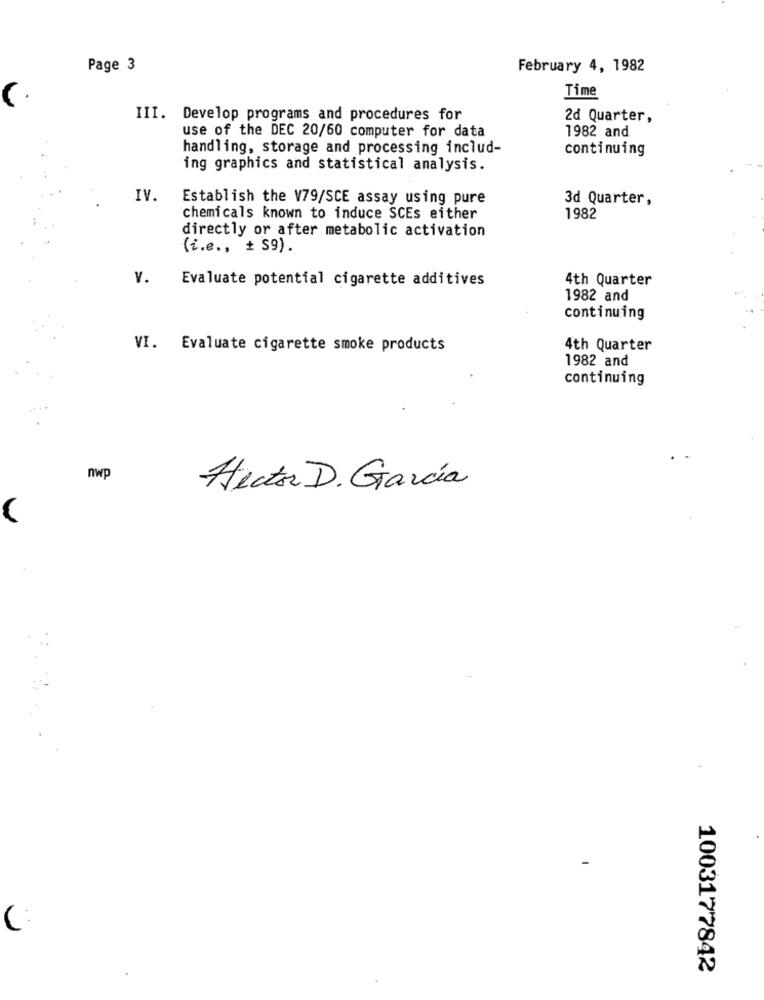
Page 3
February 4, 1982
Time
III. Develop programs and procedures for
2d Quarter,
use of the DEC 20/60 computer for data
1982 and
handling, storage and processing includ-
continuing
ing graphics and statistical analysis.
IV.
Establish the V79/SCE assay using pure
3d Quarter,
chemicals known to induce SCEs either
1982
directly or after metabolic activation
(i.e ., + S9).
v.
Evaluate potential cigarette additives
4th Quarter
1982 and
continuing
VI. Evaluate cigarette smoke products
4th Quarter
1982 and
continuing
nwp
Hector D. García
1003177842